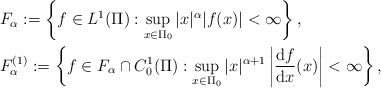
\begin{align*}&F_{\alpha}:=\left\{f\in L^{1}(\Pi):\sup_{x\in\Pi_{0}}|x|^{\alpha}|f(x)|<\infty\right\},\\ &F_{\alpha}^{(1)}:=\left\{f\in F_{\alpha}\cap C^{1}_{0}(\Pi):\sup_{x\in\Pi_{0}}|x|^{\alpha+1}\left|\frac{\mathrm{d}f}{\mathrm{d}x}(x)\right|<\infty\right\},\end{align*}